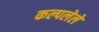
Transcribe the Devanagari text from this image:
कल्पलेले